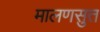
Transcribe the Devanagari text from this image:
मालणसुत